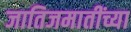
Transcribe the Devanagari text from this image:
जातिजमातींच्या